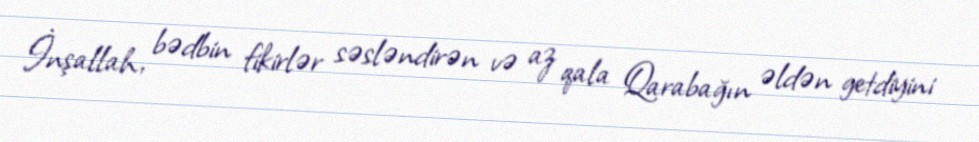
İnşallah, bədbin fikirlər səsləndirən və az qala Qarabağın əldən getdiyini